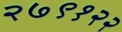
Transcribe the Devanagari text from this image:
२७९१२२